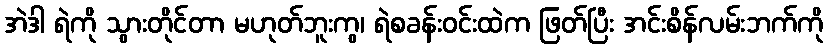
အဲဒါ ရဲကို သွားတိုင်တာ မဟုတ်ဘူးကွ၊ ရဲစခန်းဝင်းထဲက ဖြတ်ပြီး အင်းစိန်လမ်းဘက်ကို